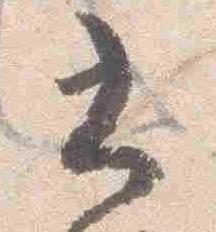
書